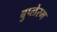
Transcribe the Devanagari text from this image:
बुप्लेरम